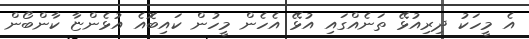
އެ މީހަކު ދިރިއުޅޭ ތަނެއްގައި އުޅޭ އެހެން މީހުން ކައިބޮއެ އުޅެންޏާ ކާންބޯން